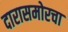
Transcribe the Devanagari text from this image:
दारासमोरचा